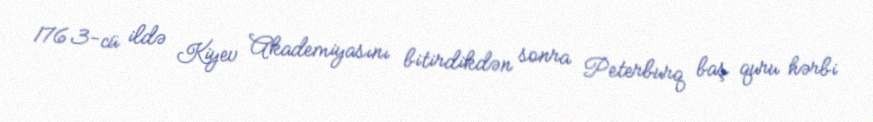
1763-cü ildə Kiyev Akademiyasını bitirdikdən sonra Peterburq baş quru hərbi